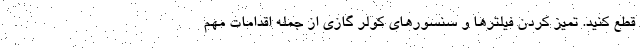
قطع کنید. تمیز کردن فیلترها و سنسورهای کولر گازی از جمله اقدامات مهم